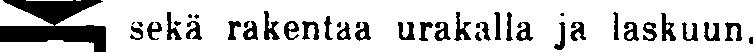
sekä rakentaa urakalla ja laskuun.